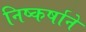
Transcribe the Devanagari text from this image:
निष्कर्षाने